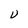
Character: U